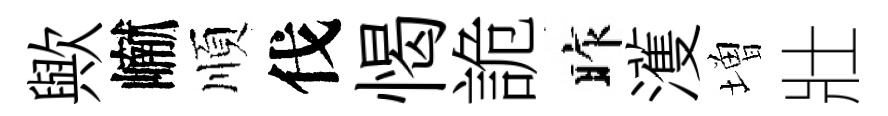
歟𪩘順伐愒詭昨濩増壯